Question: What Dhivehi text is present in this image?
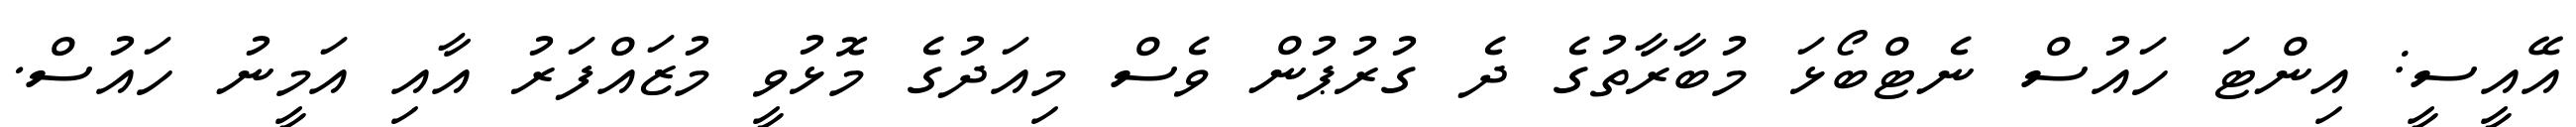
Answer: އޭއީސީ: އިންޓަ ހައުސް ނެޓްބޯޅަ މުބާރާތުގެ ދެ ގުރުޕުން ވެސް މިއަދުގެ މޮޅުވީ މުޒައްފަރު އާއި އަމީނު ހައުސް.